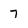
Character: 7